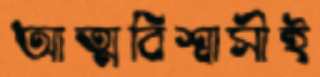
আত্মবিশ্বাসীই